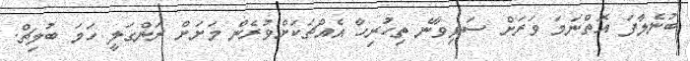
ބުނެލާފަ އޮތްނަމަ ވަރަށް ސަޅިވާނެ ތިހުރިހާ އެއްޗަކަށްވުރެން މަށަށް ރަންގަލީ ހަމަ ބުލިޗް.